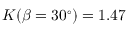
K ( \beta = 3 0 ^ { \circ } ) = 1 . 4 7